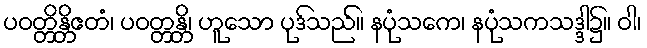
ပဝတ္တိန္တိဧတံ၊ ပဝတ္တန္တိ၊ ဟူသော ပုဒ်သည်။ နပုံသကေ၊ နပုံသကသဒ္ဒါ၌။ ဝါ၊